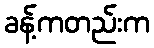
ခန့်ကတည်းက